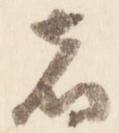
者